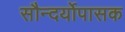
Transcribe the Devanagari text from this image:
सौन्दर्योपासक